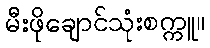
မီးဖိုချောင်သုံးစက္ကူ။